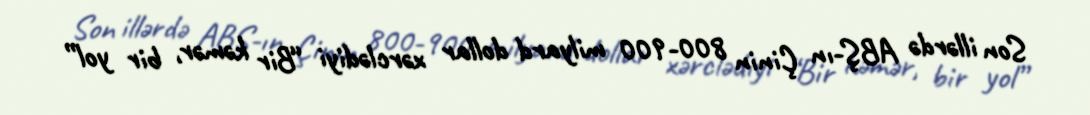
Son illərdə ABŞ-ın Çinin 800-900 milyard dollar xərclədiyi “Bir kəmər, bir yol”